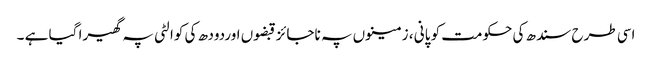
اسی طرح سندھ کی حکومت کو پانی ، زمینوں پہ ناجائز قبضوں اوردودھ کی کوالٹی پہ گھیرا گیا ہے ۔